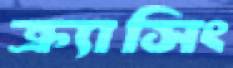
ক্র্যাসিং